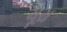
ચૂરા